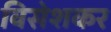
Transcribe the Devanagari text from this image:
विसेशकर